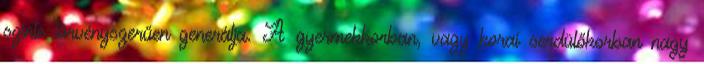
szinte törvényszerűen generálja. A gyermekkorban, vagy korai serdülőkorban nagy